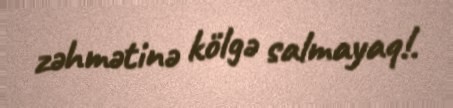
zəhmətinə kölgə salmayaq!.